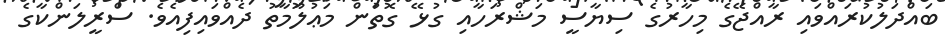
ބައްދަލުކުރައްވައި ރާއްޖޭގެ މިހާރުގެ ސިޔާސީ މަޝްރަހާއި ގުޅޭ ގޮތުން މަޢުލޫމާތު ދެއްވައިފިއެވެ. ސްރީލަންކާގެ